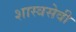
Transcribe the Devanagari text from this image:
शास्त्रसेवी